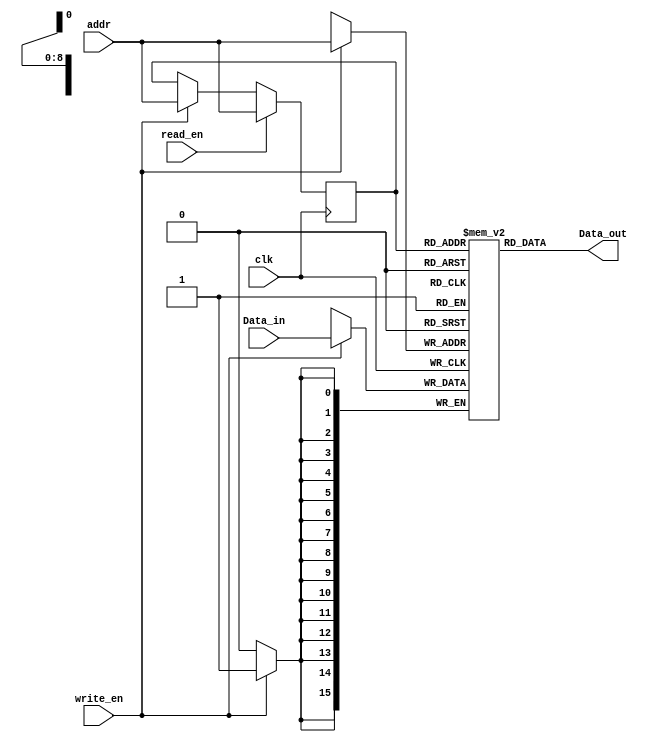
module iram(clk,write_en,read_en,addr,Data_in,Data_out);
    input clk,write_en, read_en;
    input[8:0] addr;
    input[15:0] Data_in;
    output[15:0] Data_out;

    reg[15:0] singleport_ram[511:0];
    reg[8:0] addr_read;
	 
//	 initial begin
//	 singleport_ram[1] <= 16'd0;
//	 singleport_ram[2] <= 16'd1025;
//	 singleport_ram[3] <= 16'd2050;
//	 singleport_ram[4] <= 16'd5120;
//	 singleport_ram[5] <= 16'd3075;
//	 end

    always @(posedge clk) 
    begin
        if (write_en == 1) 
        begin
           singleport_ram[addr] <= Data_in;
           addr_read <= addr; 
        end
        if (read_en == 1)
        begin
            addr_read <= addr;
        end
    end
    assign Data_out = singleport_ram[addr_read];
	 
	 
endmodule